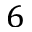
6